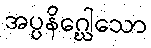
အပ္ပနိဂ္ဃေါသော